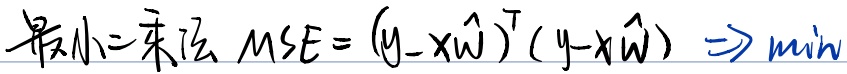
最小二乘法：
\[MSE = (y - x\hat{w})^{\top}(y - x\hat{w})\Rightarrow \text{min}\]